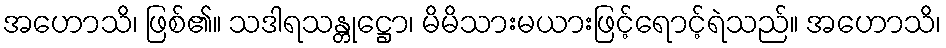
အဟောသိ၊ ဖြစ်၏။ သဒါရသန္တုဋ္ဌော၊ မိမိသားမယားဖြင့်ရောင့်ရဲသည်။ အဟောသိ၊